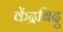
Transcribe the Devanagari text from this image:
केंद्रबिदु